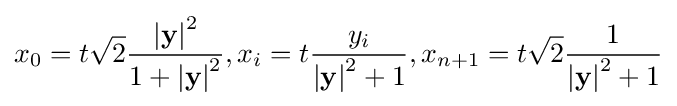
x_{0}=t{\sqrt {2}}{\frac {\left|\mathbf {y} \right|^{2}}{1+\left|\mathbf {y} \right|^{2}}},x_{i}=t{\frac {y_{i}}{\left|\mathbf {y} \right|^{2}+1}},x_{n+1}=t{\sqrt {2}}{\frac {1}{\left|\mathbf {y} \right|^{2}+1}}